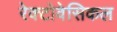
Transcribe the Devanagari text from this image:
रेक्टोवेसिकल